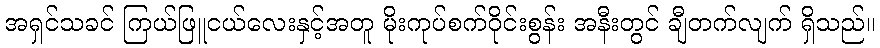
အရှင်သခင် ကြယ်ဖြူငယ်လေးနှင့်အတူ မိုးကုပ်စက်ဝိုင်းစွန်း အနီးတွင် ချီတက်လျက် ရှိသည်။